Vaccine operations Central Provinces 1868-1885 - 1868-1885
Year: 1868
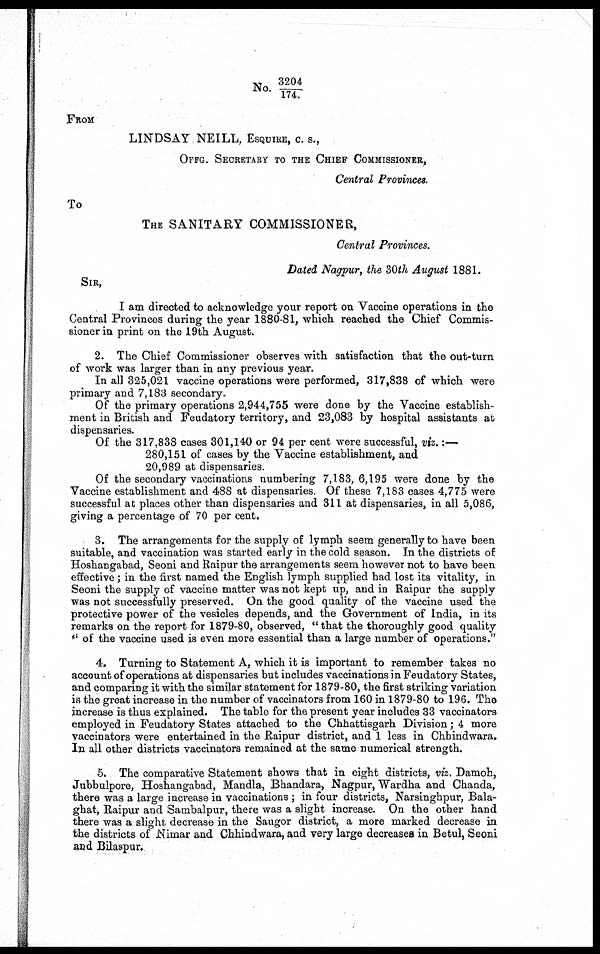
No. 3204/ 174.
FROM
LINDSAY NEILL, ESQUIRE, C. S.,
OFFG. SECRETARY TO THE CHIEF COMMISSIONER,
Central Provinces.
To
THE SANITARY COMMISSIONER,
Central Provinces.
Dated Nagpur, the 30th August 1881.
SIR,
I am directed to acknowledge your report on Vaccine operations in the
Central Provinces during the year 1880-81, which reached the Chief Commis-
sioner in print on the 19th August.
2. The Chief Commissioner observes with satisfaction that the out-turn
of work was larger than in any previous year.
In all 325,021 vaccine operations were performed, 317,838 of which were
primary and 7,183 secondary.
Of the primary operations 2,944,755 were done by the Vaccine establish-
ment in British and Feudatory territory, and 23,083 by hospital assistants at
dispensaries.
Of the 317,838 cases 301,140 or 94 per cent were successful, viz. :—
280,151 of cases by the Vaccine establishment, and
20,989 at dispensaries.
Of the secondary vaccinations numbering 7,183, 6,195 were done by the
Vaccine establishment and 488 at dispensaries. Of these 7,183 cases 4,775 were
successful at places other than dispensaries and 311 at dispensaries, in all 5,086,
giving a percentage of 70 per cent.
3. The arrangements for the supply of lymph seem generally to have been
suitable, and vaccination was started early in the cold season. In the districts of
Hoshangabad, Seoni and Raipur the arrangements seem however not to have been
effective; in the first named the English lymph supplied had lost its vitality, in
Seoni the supply of vaccine matter was not kept up, and in Raipur the supply
was not successfully preserved. On the good quality of the vaccine used the
protective power of the vesicles depends, and the Government of India, in its
remarks on the report for 1879-80, observed, "that the thoroughly good quality
" of the vaccine used is even more essential than a large number of operations."
4. Turning to Statement A, which it is important to remember takes no
account of operations at dispensaries but includes vaccinations in Feudatory States,
and comparing it with the similar statement for 1879-80, the first striking variation
is the great increase in the number of vaccinators from 160 in 1879-80 to 196. The
increase is thus explained. The table for the present year includes 33 vaccinators
employed in Feudatory States attached to the Chhattisgarh Division; 4 more
vaccinators were entertained in the Raipur district, and 1 less in Chhindwara.
In all other districts vaccinators remained at the same numerical strength.
5. The comparative Statement shows that in eight districts, viz. Damoh,
Jubbulpore, Hoshangabad, Mandla, Bhandara, Nagpur, Wardha and Chanda,
there was a large increase in vaccinations ; in four districts, Narsinghpur, Bala-
ghat, Raipur and Sambalpur, there was a slight increase. On the other hand
there was a slight decrease in the Saugor district, a more marked decrease in
the districts of Nimar and Chhindwara, and very large decreases in Betul, Seoni
and Bilaspur.